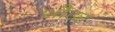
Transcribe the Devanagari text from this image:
शौटर